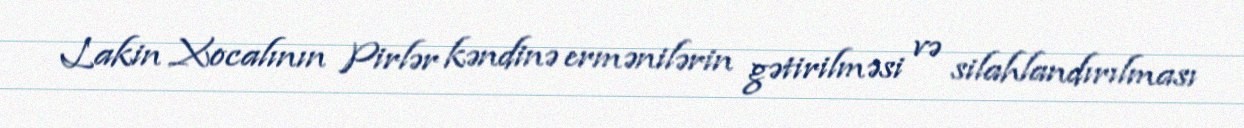
Lakin Xocalının Pirlər kəndinə ermənilərin gətirilməsi və silahlandırılması